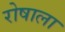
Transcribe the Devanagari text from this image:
रोषाला